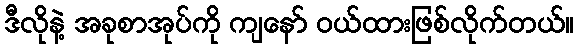
ဒီလိုနဲ့ အခုစာအုပ်ကို ကျနော် ဝယ်ထားဖြစ်လိုက်တယ်။